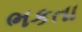
ભકતા